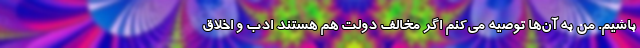
باشیم. من به آن‌ها توصیه می‌کنم اگر مخالف دولت هم هستند ادب و اخلاق